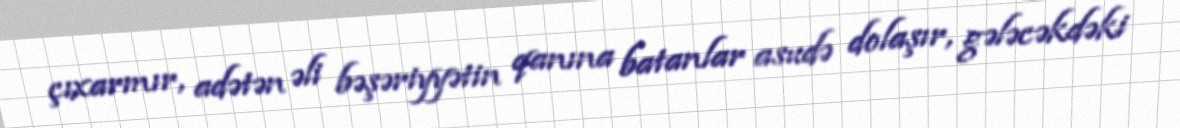
çıxarmır, adətən əli bəşəriyyətin qanına batanlar asudə dolaşır, gələcəkdəki